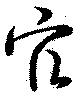
官